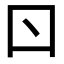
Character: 𠮚